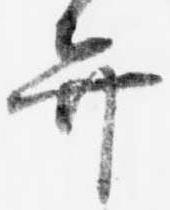
弁